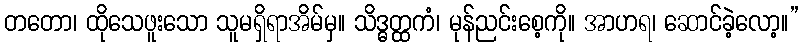
တတော၊ ထိုသေဖူးသော သူမရှိရာအိမ်မှ။ သိဒ္ဓတ္ထကံ၊ မုန်ညင်းစေ့ကို။ အာဟရ၊ ဆောင်ခဲ့လော့။”